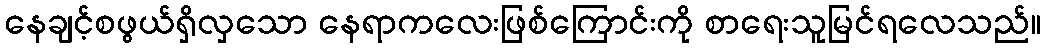
နေချင့်စဖွယ်ရှိလှသော နေရာကလေးဖြစ်ကြောင်းကို စာရေးသူမြင်ရလေသည်။